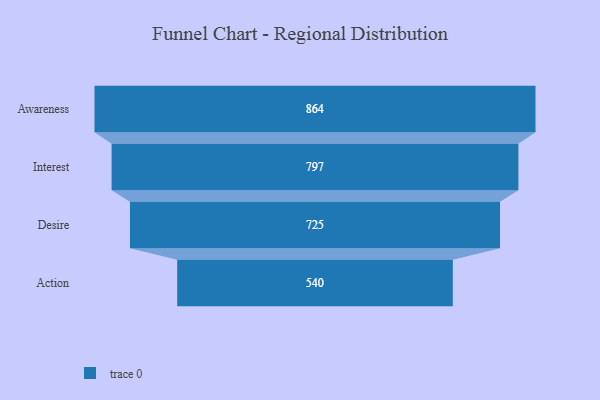
{"axis": {"x": "Stage", "y": "Value"}, "legend": [""], "data": [{"x": "Awareness", "y": 864.0, "type": ""}, {"x": "Interest", "y": 797.0, "type": ""}, {"x": "Desire", "y": 725.0, "type": ""}, {"x": "Action", "y": 540.0, "type": ""}]}